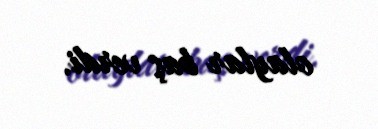
olaylar baş verdi.